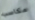
مكاسب